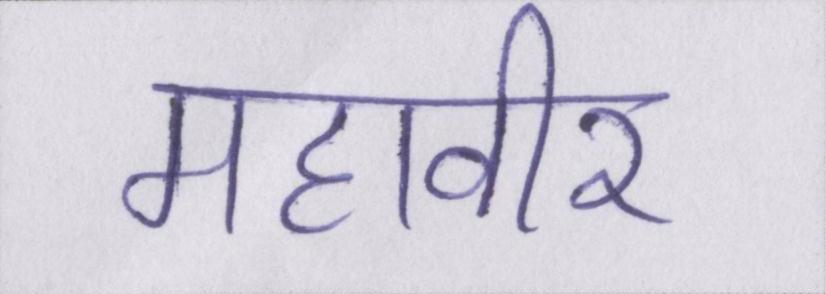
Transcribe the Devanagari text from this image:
महावीर